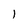
Character: 1